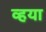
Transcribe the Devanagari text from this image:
व्हया